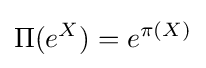
\Pi (e^{X})=e^{\pi (X)}